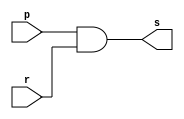
// ------------------------- 
// Exerc0009
// Nome: Pedro Henrique Vilar Locatelli 
// --------------------- 
// --------------------- 
module andagate (output s, 
input p, 
input r); 

assign s = p & r; 
endmodule // and 

module andgate (output s, 
input p, 
input q, 
input r); 
wire w;
andagate as1 (w, p, q);
andagate as2 (s, w, r);
endmodule // and 
// --------------------- 
// -- test ANDgate 
// --------------------- 
module testandgate; 
// ------------------------- dados locais 
reg a,b,c; // definir registrador 
wire s; // definir conexao (fio) 
// ------------------------- instancia 
andgate AND1 (s, a, b, c); 
// ------------------------- preparacao 
initial begin:start 
a= 1'b0; 
b= 1'b0;  
c= 1'b0;  
end 
// ------------------------- parte principal 
initial begin:main 
$display("Exerc0009 - Pedro Henrique Vilar Locatelli  - 427453"); 
$display("Test and gate"); 
$display("\n a ^ b ^ c = s\n");
$monitor("%b ^ %b ^ %b = %b", a, b, c, s); 
#1 a=1'b0; b=1'b0; c=1'b1;
#1 a=1'b0; b=1'b1; c=1'b0;
#1 a=1'b0; b=1'b1; c=1'b1;
#1 a=1'b1; b=1'b0; c=1'b0;
#1 a=1'b1; b=1'b0; c=1'b1;
#1 a=1'b1; b=1'b1; c=1'b0;
#1 a=1'b1; b=1'b1; c=1'b1;
end 
endmodule // testandgate